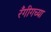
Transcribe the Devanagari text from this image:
रँगीगच्या